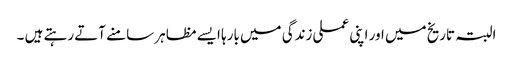
البتہ تاریخ میں اور اپنی عملی زندگی میں بارہا ایسے مظاہر سامنے آتے رہتے ہیں ۔